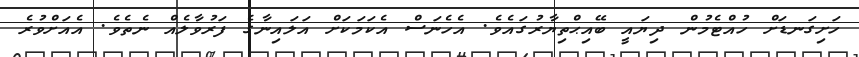
ހަށިގަނޑަށް ހުއްޓެމުން ދިޔައީ ބޭއިޙްތިޔާރުގައެވެ. އެހެނަސް އެކަމަކަށް އަލައިނާގެ ފަރުވާލެއް ނެތެވެ. އެއަށްވުރެ